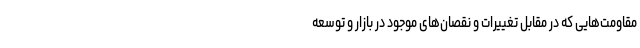
مقاومت‌هایی که در مقابل تغییرات و نقصان‌های موجود در بازار و توسعه